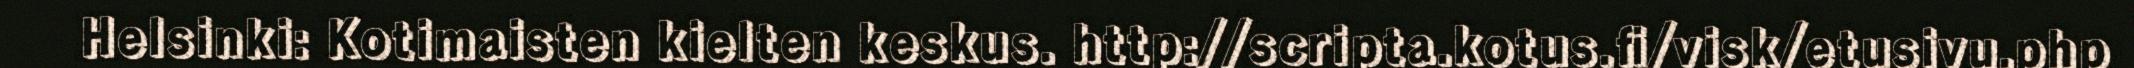
Helsinki: Kotimaisten kielten keskus. http://scripta.kotus.fi/visk/etusivu.php